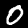
Digit: 0